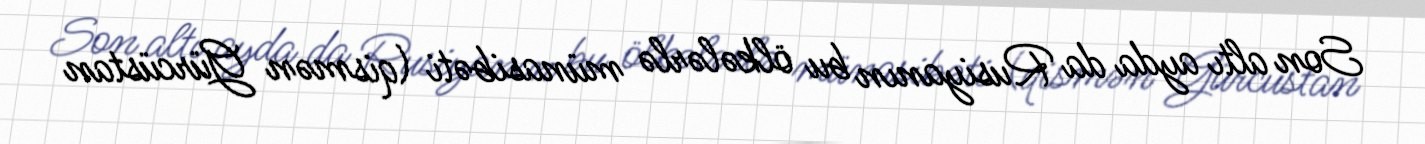
Son altı ayda da Rusiyanın bu ölkələrlə münasibəti (qismən Gürcüstan